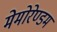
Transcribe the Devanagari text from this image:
मेमोरेण्डम